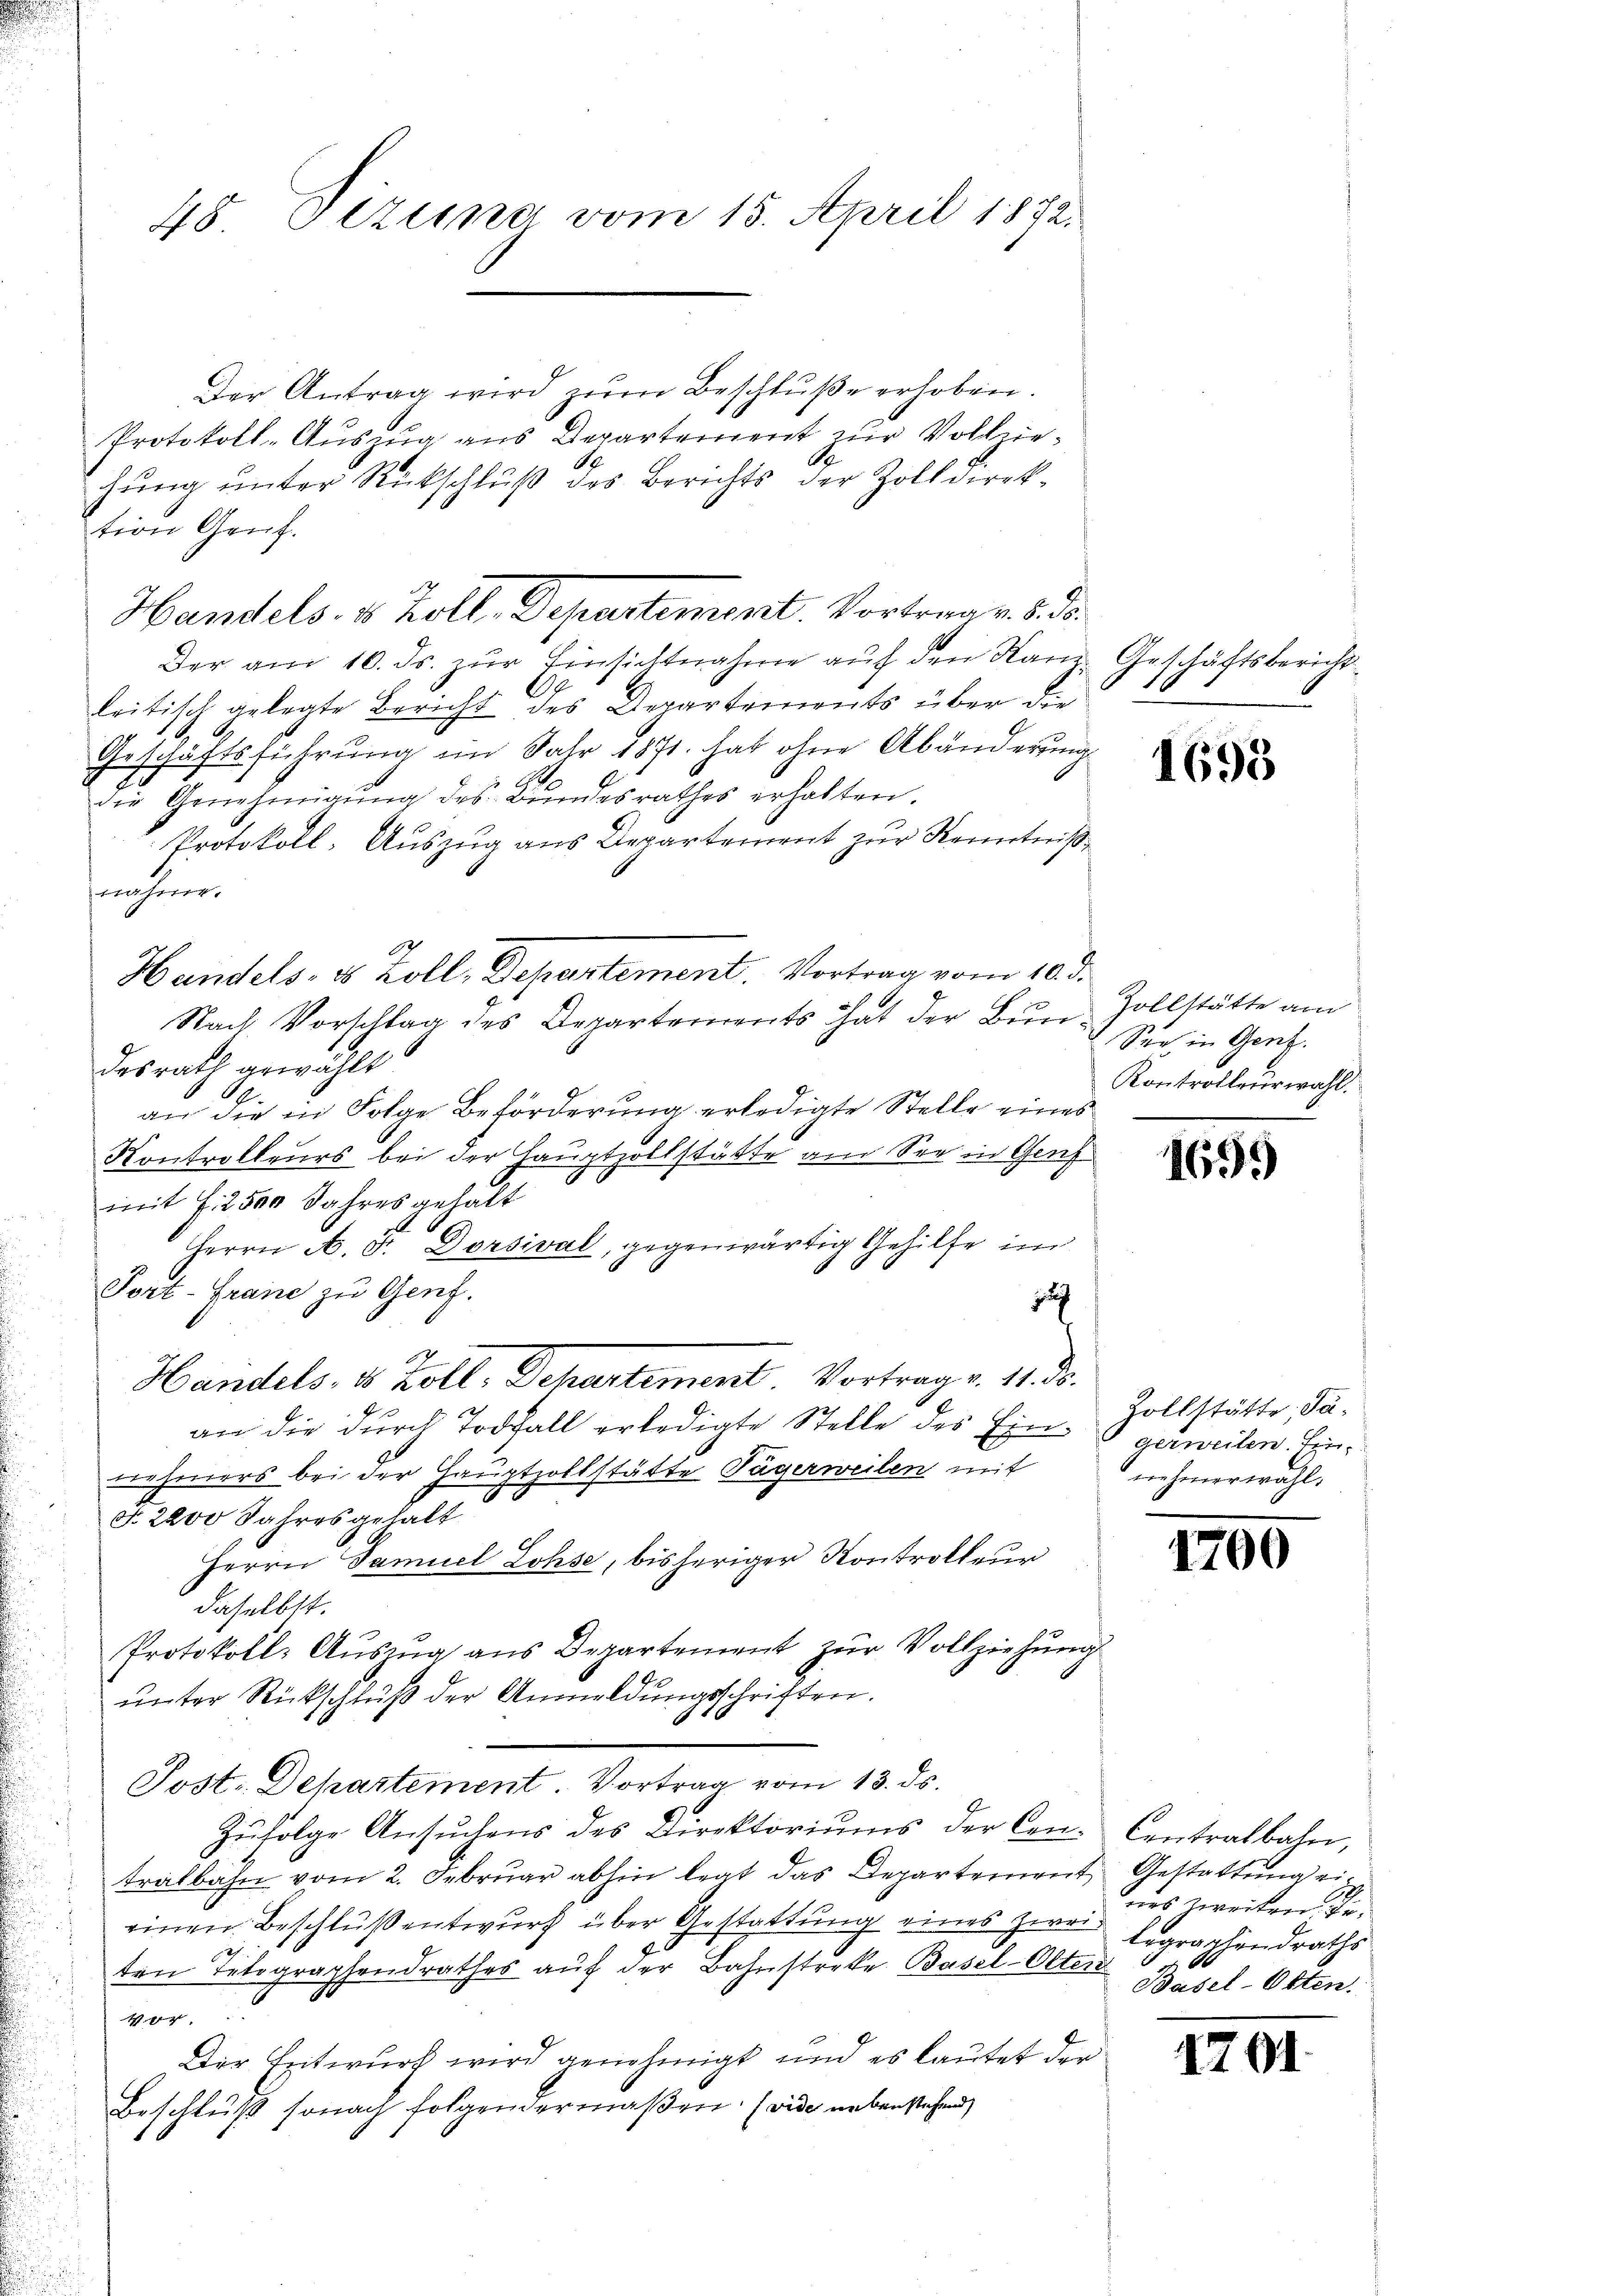
Der Antrag wird zŭm Beschlŭβe erhoben.
Protokoll-Aŭszŭg ans Departement zŭr Vollziehung unter Rückschluß des Berichts der Zolldirek¬
Der am 10. ds. zŭr Einsichtnahme auf den Kanz. Geschäftsbericht
A
leitisch gelegte Bericht des Departements über die
Geschäftsführung im Jahr 1871 hat ohne Abänderung
die Genehmigŭng des Bŭndesrathes erhalten.
Protokoll-Auszug aus Departement zur Kenntnißnahme.
d
Handels, es koll, Departement. Vortrag vom 10. d.
Nach Vorschlag des Departements hat der Bŭn-Zollstätte am
desrath gewählt
an die in Folge Beförderung erledigte Stelle eines
Kontrolleurs bei der Hauptzollstätte am See in Genf
mit S. 2500 Jahres gehalt
Herrn A. Fr. Dorsival, gegenwärtig Gehilfe im
Port-Grane zu Genf.
f
Handels, u. Zoll, Departement. Vortrag v. 11. ds.
an die durch Todfall erledigte Stelle des Einnehmers bei der Hauptzollstätte Tägerweilen mit
§. 2200 Jahres gehalt
Herrn Samuel Lohse, bisheriger Kontrolleur
daselbst.
Protokoll- Auszug aus Departement zur Vollziehung
ŭnter Rückschluß der Anmeldungsschriften.
E
Post. Dehartement. Vortrag vom 13. ds.
Zŭfolge Ansŭchens des Direktoriŭms der Con- Centralbahn,
tralbahn vom 2. Febrŭar abhin legt das Departement Gestattŭng ei-
einen Beschluß entwurf über Gestattung eines zwei Ergraphendraths
ten Tetographendrathes auf der Bahnstreke Basel-Olten
4
Der Entwurf wird genehmigt und es lautet der
Beschluß sonach folgendermaßen. (vide nebenstehend

48. Dezung vom 15. April 1872.

tion Genf.
Handels. 4 Zoll, Departement. Vortrag v. 8. d.

See in Genz.
Kontrolleurwahl.

1698

1699

Zollstätte, dagerweilen. Ein-
nehmerwahl.

1700

nes zweiten Je¬
Basel-Otten.

1701.